Indian journal of veterinary science and animal husbandry - Volume 8,
Year: 1938
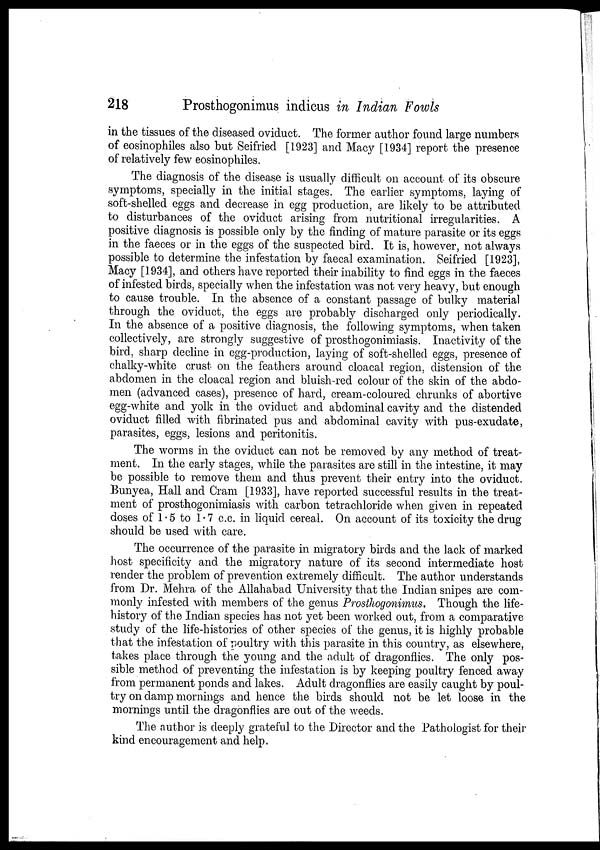
218
Prosthogonimus indicus in Indian Fowls
in the tissues of the diseased oviduct. The former author found large numbers
of eosinophiles also but Seifried [1923] and Macy [1934] report the presence
of relatively few eosinophiles.
The diagnosis of the disease is usually difficult on account of its obscure
symptoms, specially in the initial stages. The earlier symptoms, laying of
soft-shelled eggs and decrease in egg production, are likely to be attributed
to disturbances of the oviduct arising from nutritional irregularities. A
positive diagnosis is possible only by the finding of mature parasite or its eggs
in the faeces or in the eggs of the suspected bird. It is, however, not always
possible to determine the infestation by faecal examination. Seifried [1923],
Macy [1934], and others have reported their inability to find eggs in the faeces
of infested birds, specially when the infestation was not very heavy, but enough
to cause trouble. In the absence of a constant passage of bulky material
through the oviduct, the eggs are probably discharged only periodically.
In the absence of a positive diagnosis, the following symptoms, when taken
collectively, are strongly suggestive of prosthogonimiasis. Inactivity of the
bird, sharp decline in egg-production, laying of soft-shelled eggs, presence of
chalky-white crust on the feathers around cloacal region, distension of the
abdomen in the cloacal region and bluish-red colour of the skin of the abdo-
men (advanced cases), presence of hard, cream-coloured chrunks of abortive
egg-white and yolk in the oviduct and abdominal cavity and the distended
oviduct filled with fibrinated pus and abdominal cavity with pus-exudate,
parasites, eggs, lesions and peritonitis.
The worms in the oviduct can not be removed by any method of treat-
ment. In the early stages, while the parasites are still in the intestine, it may
be possible to remove them and thus prevent their entry into the oviduct.
Bunyea, Hall and Cram [1933], have reported successful results in the treat-
ment of prosthogonimiasis with carbon tetrachloride when given in repeated
doses of 1 . 5 to 1 . 7 c.c. in liquid cereal. On account of its toxicity the drug
should be used with care.
The occurrence of the parasite in migratory birds and the lack of marked
host specificity and the migratory nature of its second intermediate host
render the problem of prevention extremely difficult. The author understands
from Dr. Mehra of the Allahabad University that the Indian snipes are com-
monly infested with members of the genus Prosthogonimus. Though the life-
history of the Indian species has not yet been worked out, from a comparative
study of the life-histories of other species of the genus, it is highly probable
that the infestation of poultry with this parasite in this country, as elsewhere,
takes place through the young and the adult of dragonflies. The only pos-
sible method of preventing the infestation is by keeping poultry fenced away
from permanent ponds and lakes. Adult dragonflies are easily caught by poul-
try on damp mornings and hence the birds should not be let loose in the
mornings until the dragonflies are out of the weeds.
The author is deeply grateful to the Director and the Pathologist for their
kind encouragement and help.